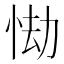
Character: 㤼